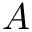
A